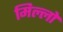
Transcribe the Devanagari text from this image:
मिल्लो